Lunatic asylums United Provinces 1909-1921 - 1909-1921
Year: 1909
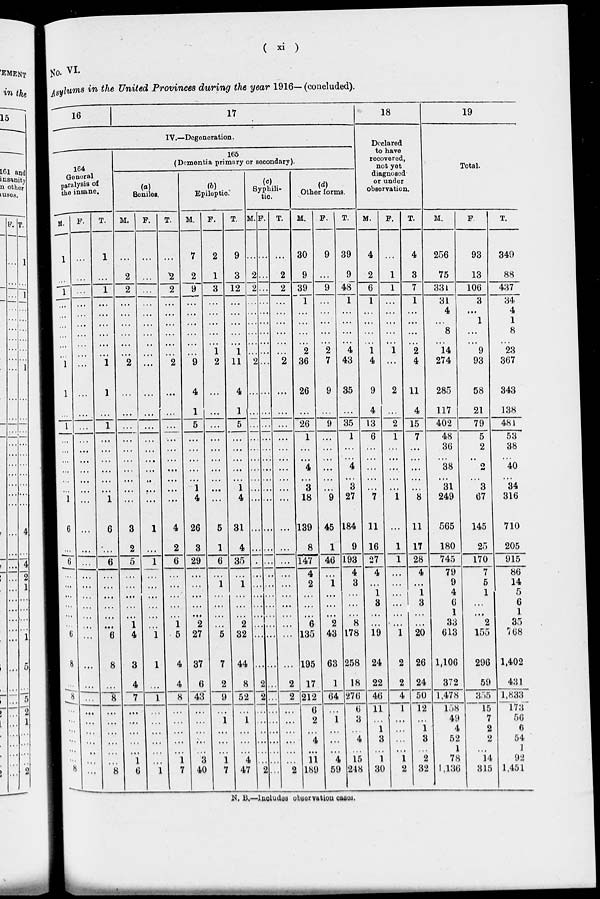
( xi )
No. VI.
Asylums in the United Provinces during the year 1916— (concluded).
16
17
IV.—Degeneration.
164
General
paralysis of
the insane.
M.
1
...
1
…
…
…
...
…
…
1
1
…
1
...
...
...
…
…
…
1
6
...
6
...
…
…
...
...
...
6
8
…
8
…
…
...
... …
…
8
F.
…
...
...
…
...
…
...
…
…
...
…
…
…
…
…
…
…
…
…
...
…
…
...
…
…
…
…
…
…
...
…
...
...
…
...
…
…
…
...
T.
1
...
1
…
…
...
...
…
…
1
1
…
1
…
…
...
…
…
…
1
6
…
6
…
...
…
...
…
…
6
8
...
8
…
...
…
…
…
...
8
165
(Dementia primary or secondary).
(a)
Seniles.
M.
…
2
2
…
…
…
...
…
…
2
...
…
...
…
…
...
…
…
…
...
3
2
5
…
…
…
…
…
1
4
3
4
7
…
…
...
...
…
1
6
F.
…
...
...
...
...
...
...
…
…
…
...
...
...
...
…
...
…
…
…
1
...
1
…
…
…
…
…
…
1
1
...
1
…
...
…
...
…
...
1
T.
...
2
2
…
…
…
...
…
…
2
…
…
...
...
...
...
…
…
...
…
4
2
6
…
…
…
...
...
1
5
4
4
8
...
...
...
...
…
1
7
(b)
Epileptic.
M.
7
2
9
...
…
…
...
…
…
9
4
1
5
…
...
...
…
...
1
4
26
3
29
…
...
…
...
…
2
27
87
6
43
…
…
…
…
…
3
40
F.
2
1
3
…
...
...
...
… 1
2
...
...
...
...
…
…
…
…
…
...
5
1
6
…
1
...
...
…
...
5
7
2
9
...
1
…
...
…
1
7
T.
9
3
12
…
...
...
...
…
1
11
4
1
5
...
…
...
…
…
1
4
31
4
35
…
1
...
...
…
2
32
44
8
52
…
1
…
...
…
4
47
(c)
Syphili-
tic.
M
…
2
2
…
…
…
…
…
…
2
…
…
…
…
…
…
…
…
…
…
…
…
…
…
…
…
…
…
…
…
…
2
2
…
…
…
…
…
…
2
F.
…
…
…
…
…
…
…
…
…
…
…
…
…
…
…
…
…
…
…
…
…
…
…
…
…
…
…
…
…
…
…
…
…
…
…
…
…
…
…
…
T.
…
2
2
...
...
...
...
…
…
2
…
…
...
…
…
...
…
...
…
...
...
…
...
...
…
…
…
…
...
...
…
2
2
…
…
…
…
…
…
2
(d)
Other forms.
M.
30
9
39
1
...
...
...
…
2
36
26
...
26
1
…
…
4
…
3
18
139
8
147
4
2
…
...
...
6
135
195
17
212
6
2
...
4
…
11
189
F.
9
...
9
...
...
...
...
... 2
7
9
...
9
…
...
...
...
…
…
9
45
1
46
…
1
…
…
...
2
43
63
1
64
…
1
…
…
…
4
59
T.
39
9
48
1
...
...
...
... 4
43
35
...
35
1
...
4 4
… 3
27
184
9
193
4
3
...
...
...
8
178
258
18
276
6
3
...
4
…
15
248
18
Declared
to have
recovered,
not yet
diagnosed
or under
observation.
M.
4
2
6
1
...
...
...
... 1
4
9
4
13
6
…
...
...
...
…
7
11
16
27
4
...
1
3
…
…
19
24
22
46
11
…
1
3
…
1
30
F.
...
1
1
…
...
...
...
…
1
...
2
...
2
1
…
…
...
... …
1
...
1
1
...
...
...
...
...
...
1
2
2
4
1
...
...
...
...
1
2
T.
4
3
7
1
...
...
...
…
2
4
11
4
15
7
…
...
…
…
…
8
11
17
28
4
...
1
3
...
...
20
26
24
50
12
...
1
3
…
2
32
19
Total.
M.
256
75
331
31
4
...
8
…
14
274
285
117
402
48
36
…
38
…
31
249
565
180
745
79
9
4
6
1
33
613
1,106
372
1,478
158
49
4
52
1
78
1,136
F.
93
13
106
3
…
1
...
…
9
93
58
21
79
5
2
…
2
…
3
67
145
25
170
7
5
1
…
…
2
155
296
59
355
15
7
2
2
…
14
315
T.
349
88
437
34
4
1
8
…
23
367
343
138
481
53
38
…
40
…
34
316
710
205
915
86
14
5
6
1
35
768
1,402
431
1,833
173
56
6
54
1
92
1,451
N. B.—Includes observation cases.